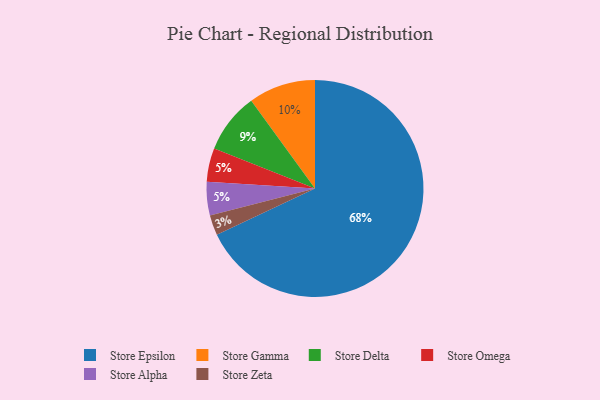
{"axis": {"x": "Category", "y": "Percentage"}, "legend": ["Store Alpha", "Store Delta", "Store Epsilon", "Store Gamma", "Store Omega", "Store Zeta"], "data": [{"x": "Store Omega", "y": 5, "type": "Store Omega"}, {"x": "Store Alpha", "y": 5, "type": "Store Alpha"}, {"x": "Store Zeta", "y": 3, "type": "Store Zeta"}, {"x": "Store Gamma", "y": 10, "type": "Store Gamma"}, {"x": "Store Delta", "y": 9, "type": "Store Delta"}, {"x": "Store Epsilon", "y": 68, "type": "Store Epsilon"}]}